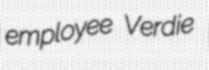
employee Verdie